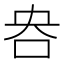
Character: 𫩣